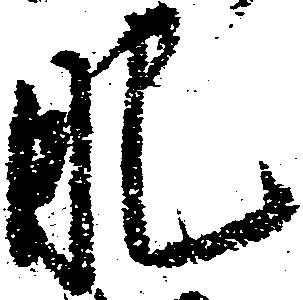
肥